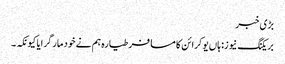
بڑی خبر
بریکنگ نیوز: ہاں یوکرائن کا مسافر طیارہ ہم نے خود مار گرایا کیونکہ ۔